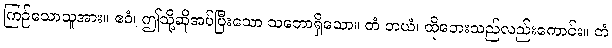
ကြဉ်သောသူအား။ ဧဝံ၊ ဤသို့ဆိုအပ်ပြီးသော သဘောရှိသော။ တံ ဘယံ၊ ထိုဘေးသည်လည်းကောင်း။ တံ